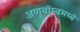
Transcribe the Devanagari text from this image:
अणुबॉम्बमध्ये